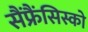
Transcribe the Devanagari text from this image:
सैंफ्रैंसिस्को